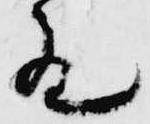
殿